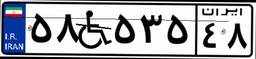
۵۸W۵۳۵۴۸